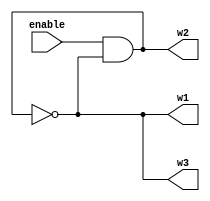
module rO (enable, w1, w2, w3);
    input enable;
    output w1, w2, w3;
    wire w4;

    and (w4, enable, w1);
    not #2(w1, w2);
    not #2(w2, w3);
    not #2(w3, w4);
endmodule


/*	module RO (enable, w1, w2, w3, w4);
    input enable;
    output w1, w2, w3, w4;
    wire w5;

    and (w4, enable, w1);
    not #2(w1, w4);

    tff (w4, 0, 1, w2);*/